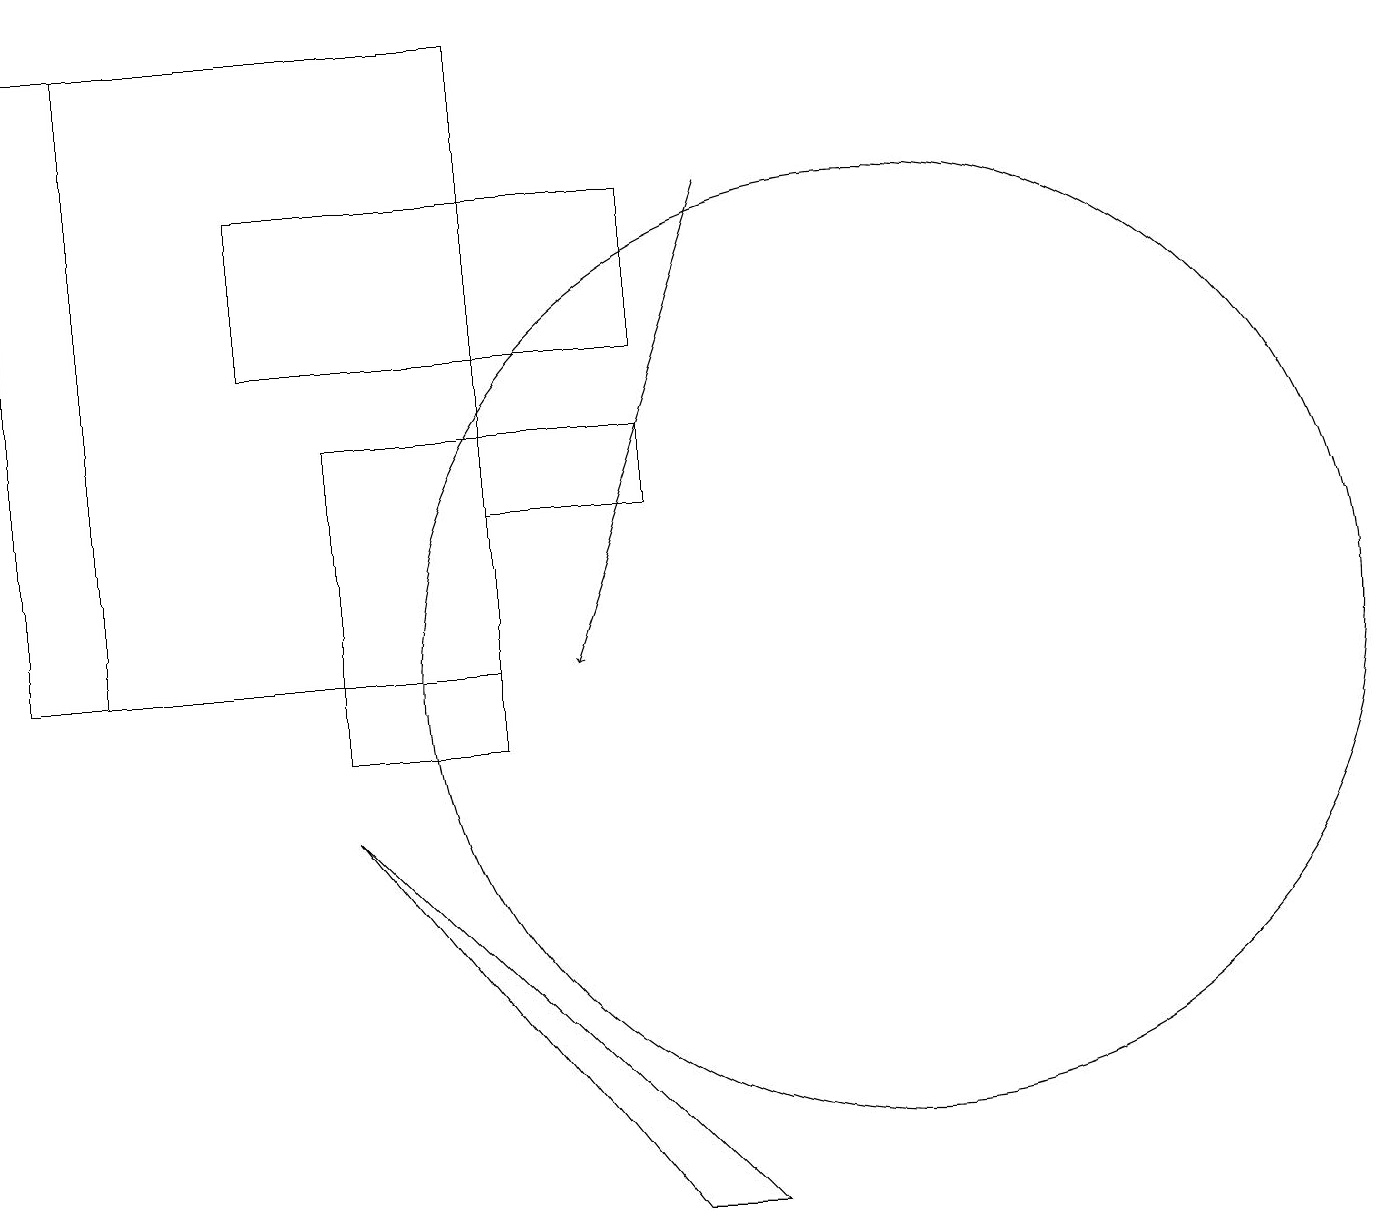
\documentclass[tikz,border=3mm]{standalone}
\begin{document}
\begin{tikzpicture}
\draw (0,19) rectangle (1,11);
\draw (8,17) rectangle (3,15);
\draw (8,13) rectangle (6,14);
\draw (8,4) -- (9,4) -- (4,9) -- cycle;
\draw (1,19) rectangle (6,11);
\draw[->] (9,17) -- (7,11);
\draw (11,11) circle (6);
\draw (4,10) rectangle (6,14);
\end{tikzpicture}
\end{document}